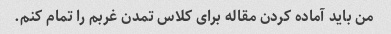
من باید آماده کردن مقاله برای کلاس تمدن غربم را تمام کنم.